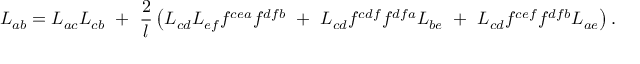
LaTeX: L _ { a b } = L _ { a c } L _ { c b } ~ + ~ \frac { 2 } { l } \left( L _ { c d } L _ { e f } f ^ { c e a } f ^ { d f b } ~ + ~ L _ { c d } f ^ { c d f } f ^ { d f a } L _ { b e } ~ + ~ L _ { c d } f ^ { c e f } f ^ { d f b } L _ { a e } \right) .